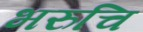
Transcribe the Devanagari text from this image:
भरुचि